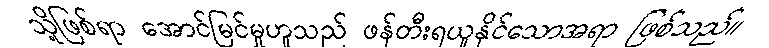
သို့ဖြစ်ရာ အောင်မြင်မှုဟူသည် ဖန်တီးရယူနိုင်သောအရာ ဖြစ်သည်။